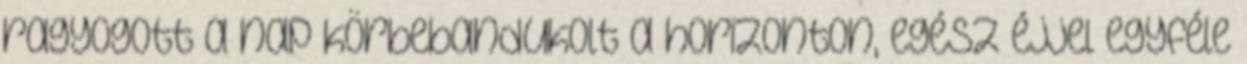
ragyogott a nap körbebandukolt a horizonton, egész éjjel egyféle